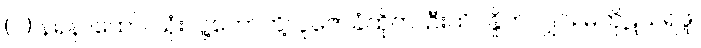
(၂) နရနာထော်၊ သုံးလူ့ဘော်တို့၊ ပူဇော်ခံထိုက်၊ ဦးထိပ်နှိုက်လျှင်။ မကိုဋ်သရဖူ၊